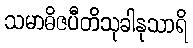
သမာဓိဇပီတိသုခါနုသာရိ